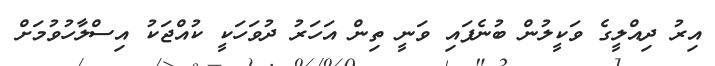
އިރު ދިއްލީގެ ވަކީލުން ބުނެފައި ވަނީ ތިން އަހަރު ދުވަހަކީ ކުއްޖަކު އިސްލާހުވުމަށް